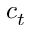
c _ { t }